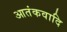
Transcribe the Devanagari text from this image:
आतंकवादि